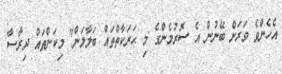
އެހެންވެ ވަރަށް ބޭނުން އެ ސޮރުމެންގެ މި ޙަރަކާތްތައް ބަލާލަން" މިކަންތައް ދިރާސާ